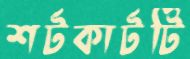
শর্টকার্টটি